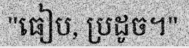
"ធៀប, ប្រដូច។"